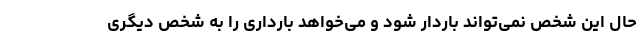
حال این شخص نمی‌تواند باردار شود و می‌خواهد بارداری را به شخص دیگری